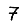
Digit: 7